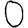
Digit: 0